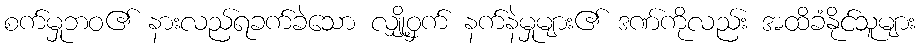
စက်မှုဘဝ၏ နားလည်ရခက်ခဲသော လျှို့ဝှက် နက်နဲမှုများ၏ ဒဏ်ကိုလည်း အထိခံနိုင်သူများ